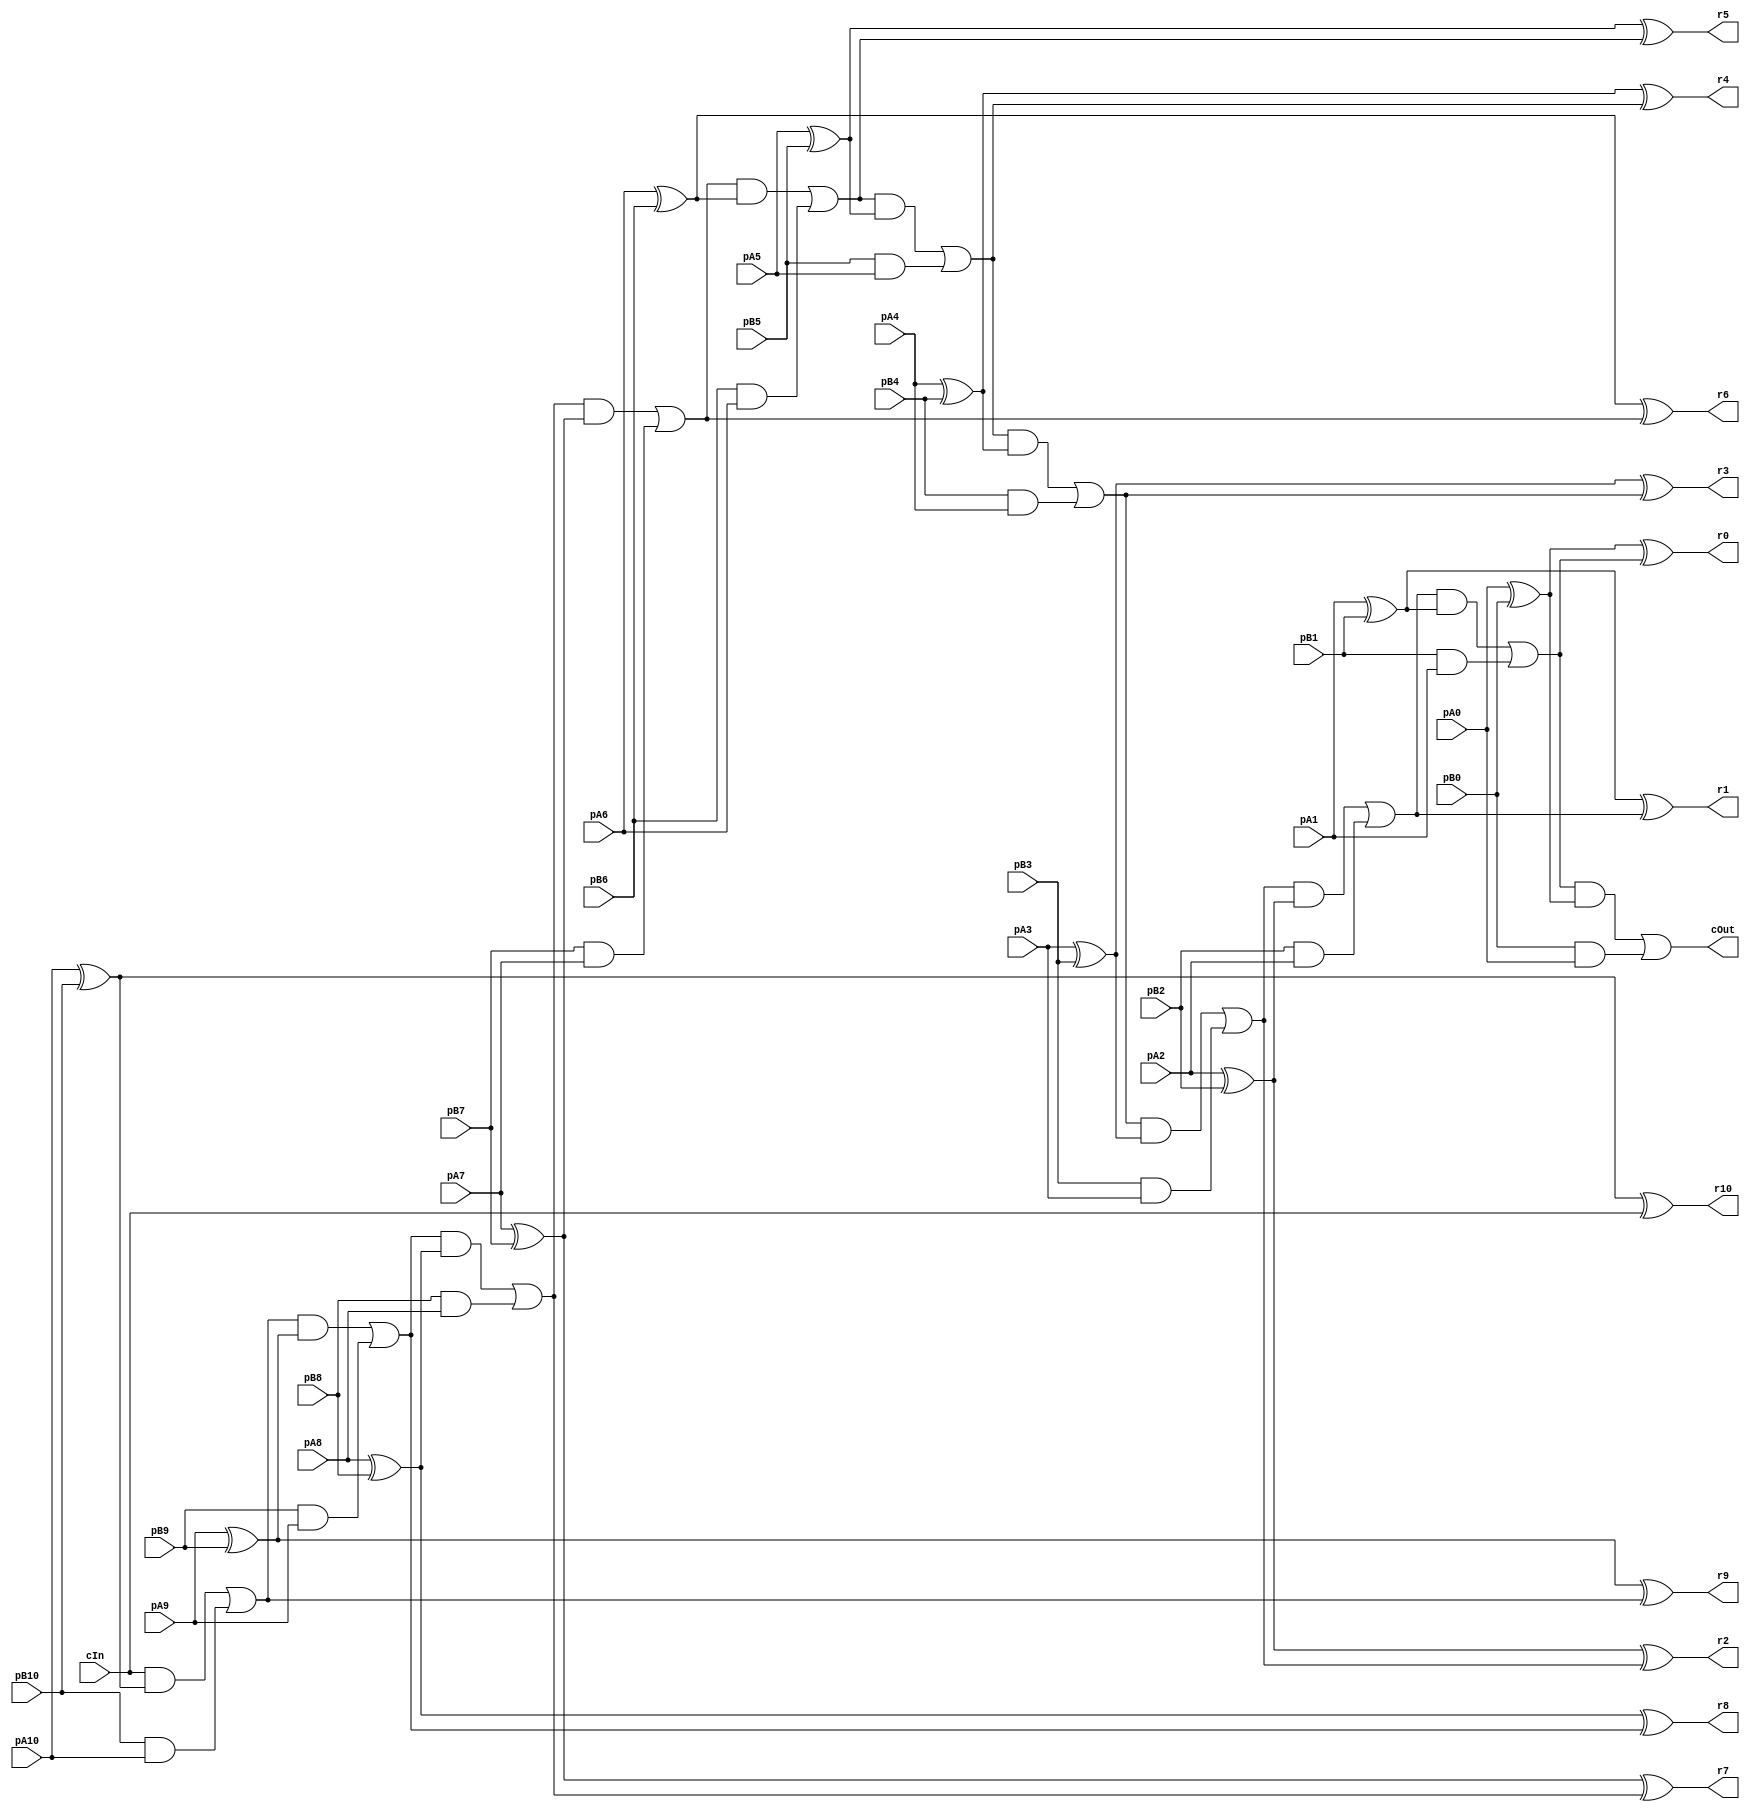
module CRippleCarryAdder_11_11_11_InOutT(pA10,pA9,pA8,pA7,pA6,pA5,pA4,pA3,pA2,pA1,pA0, pB10,pB9,pB8,pB7,pB6,pB5,pB4,pB3,pB2,pB1,pB0, r10,r9,r8,r7,r6,r5,r4,r3,r2,r1,r0, cIn, cOut);

input pA10,pA9,pA8,pA7,pA6,pA5,pA4,pA3,pA2,pA1,pA0, pB10,pB9,pB8,pB7,pB6,pB5,pB4,pB3,pB2,pB1,pB0, cIn;
output r10,r9,r8,r7,r6,r5,r4,r3,r2,r1,r0, cOut;
wire w1, w2, w3, w4, w5, w6, w7, w8, w9, w10, w11, w12, w13, w14, w15, w16, w17, w18, w19, w20, w21, w22, w23, w24, w25, w26, w27, w28, w29, w30, w31, w32, w33, w34, w35, w36, w37, w38, w39, w40, w41, w42, w43, w44, w45, w46, w47, w48, w49, w50, w51, w52, w53, w54, w55, w56, w57, w58, w59, w60, w61, w62, w63, w64, w65, w66, w67, w68, w69, w70, w71, w72, w73, w74, w75, w76, w77, w78, w79;

assign w1 = pA10;
assign w2 = pA9;
assign w3 = pA8;
assign w4 = pA7;
assign w5 = pA6;
assign w6 = pA5;
assign w7 = pA4;
assign w8 = pA3;
assign w9 = pA2;
assign w10 = pA1;
assign w11 = pA0;
assign w12 = pB10;
assign w13 = pB9;
assign w14 = pB8;
assign w15 = pB7;
assign w16 = pB6;
assign w17 = pB5;
assign w18 = pB4;
assign w19 = pB3;
assign w20 = pB2;
assign w21 = pB1;
assign w22 = pB0;
assign r10 = w23;
assign r9 = w24;
assign r8 = w25;
assign r7 = w26;
assign r6 = w27;
assign r5 = w28;
assign r4 = w29;
assign r3 = w30;
assign r2 = w31;
assign r1 = w32;
assign r0 = w33;
assign w35 = cIn;
assign cOut = w34;

assign w38 = w1 ^ w12;
assign w23 = w38 ^ w35;
assign w39 = w35 & w38;
assign w40 = w12 & w1;
assign w37 = w39 | w40;
assign w42 = w2 ^ w13;
assign w24 = w42 ^ w37;
assign w43 = w37 & w42;
assign w44 = w13 & w2;
assign w41 = w43 | w44;
assign w46 = w3 ^ w14;
assign w25 = w46 ^ w41;
assign w47 = w41 & w46;
assign w48 = w14 & w3;
assign w45 = w47 | w48;
assign w50 = w4 ^ w15;
assign w26 = w50 ^ w45;
assign w51 = w45 & w50;
assign w52 = w15 & w4;
assign w49 = w51 | w52;
assign w54 = w5 ^ w16;
assign w27 = w54 ^ w49;
assign w55 = w49 & w54;
assign w56 = w16 & w5;
assign w53 = w55 | w56;
assign w58 = w6 ^ w17;
assign w28 = w58 ^ w53;
assign w59 = w53 & w58;
assign w60 = w17 & w6;
assign w57 = w59 | w60;
assign w62 = w7 ^ w18;
assign w29 = w62 ^ w57;
assign w63 = w57 & w62;
assign w64 = w18 & w7;
assign w61 = w63 | w64;
assign w66 = w8 ^ w19;
assign w30 = w66 ^ w61;
assign w67 = w61 & w66;
assign w68 = w19 & w8;
assign w65 = w67 | w68;
assign w70 = w9 ^ w20;
assign w31 = w70 ^ w65;
assign w71 = w65 & w70;
assign w72 = w20 & w9;
assign w69 = w71 | w72;
assign w74 = w10 ^ w21;
assign w32 = w74 ^ w69;
assign w75 = w69 & w74;
assign w76 = w21 & w10;
assign w73 = w75 | w76;
assign w77 = w11 ^ w22;
assign w33 = w77 ^ w73;
assign w78 = w73 & w77;
assign w79 = w22 & w11;
assign w34 = w78 | w79;

endmodule